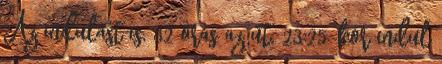
Az indulást is, 32 órás az út. 23:25-kor indul